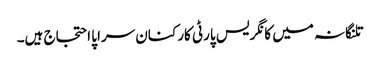
تلنگانہ میں کانگریس پارٹی کارکنان سراپا احتجاج ہیں۔